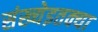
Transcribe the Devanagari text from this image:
संख्येइतक्या